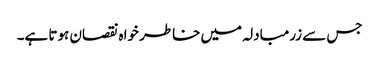
جس سے زرمبادلہ میں خاطر خواہ نقصان ہوتا ہے۔